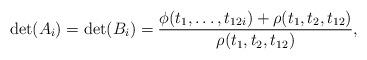
LaTeX: \begin{align*} \det(A_i) = \det(B_i) = \frac{\phi(t_1, \dotsc, t_{12i}) + \rho(t_1, t_2, t_{12})} {\rho(t_1, t_2, t_{12})},\end{align*}